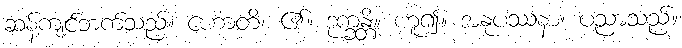
ဆန့်ကျင်ဘက်သည်။ ဟောတိ၊ ၏။ ဒုက္ခန္တိ။ ဟူ၍။ အနုပဿနာ၊ ပညာသည်။